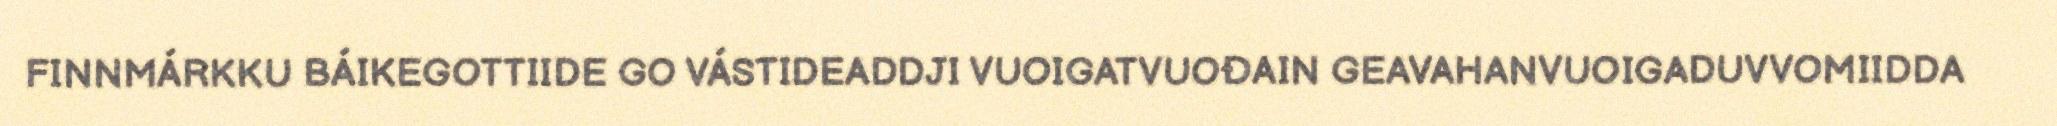
FINNMÁRKKU BÁIKEGOTTIIDE GO VÁSTIDEADDJI VUOIGATVUOĐAIN GEAVAHANVUOIGADUVVOMIIDDA